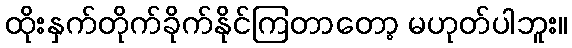
ထိုးနှက်တိုက်ခိုက်နိုင်ကြတာတော့ မဟုတ်ပါဘူး။